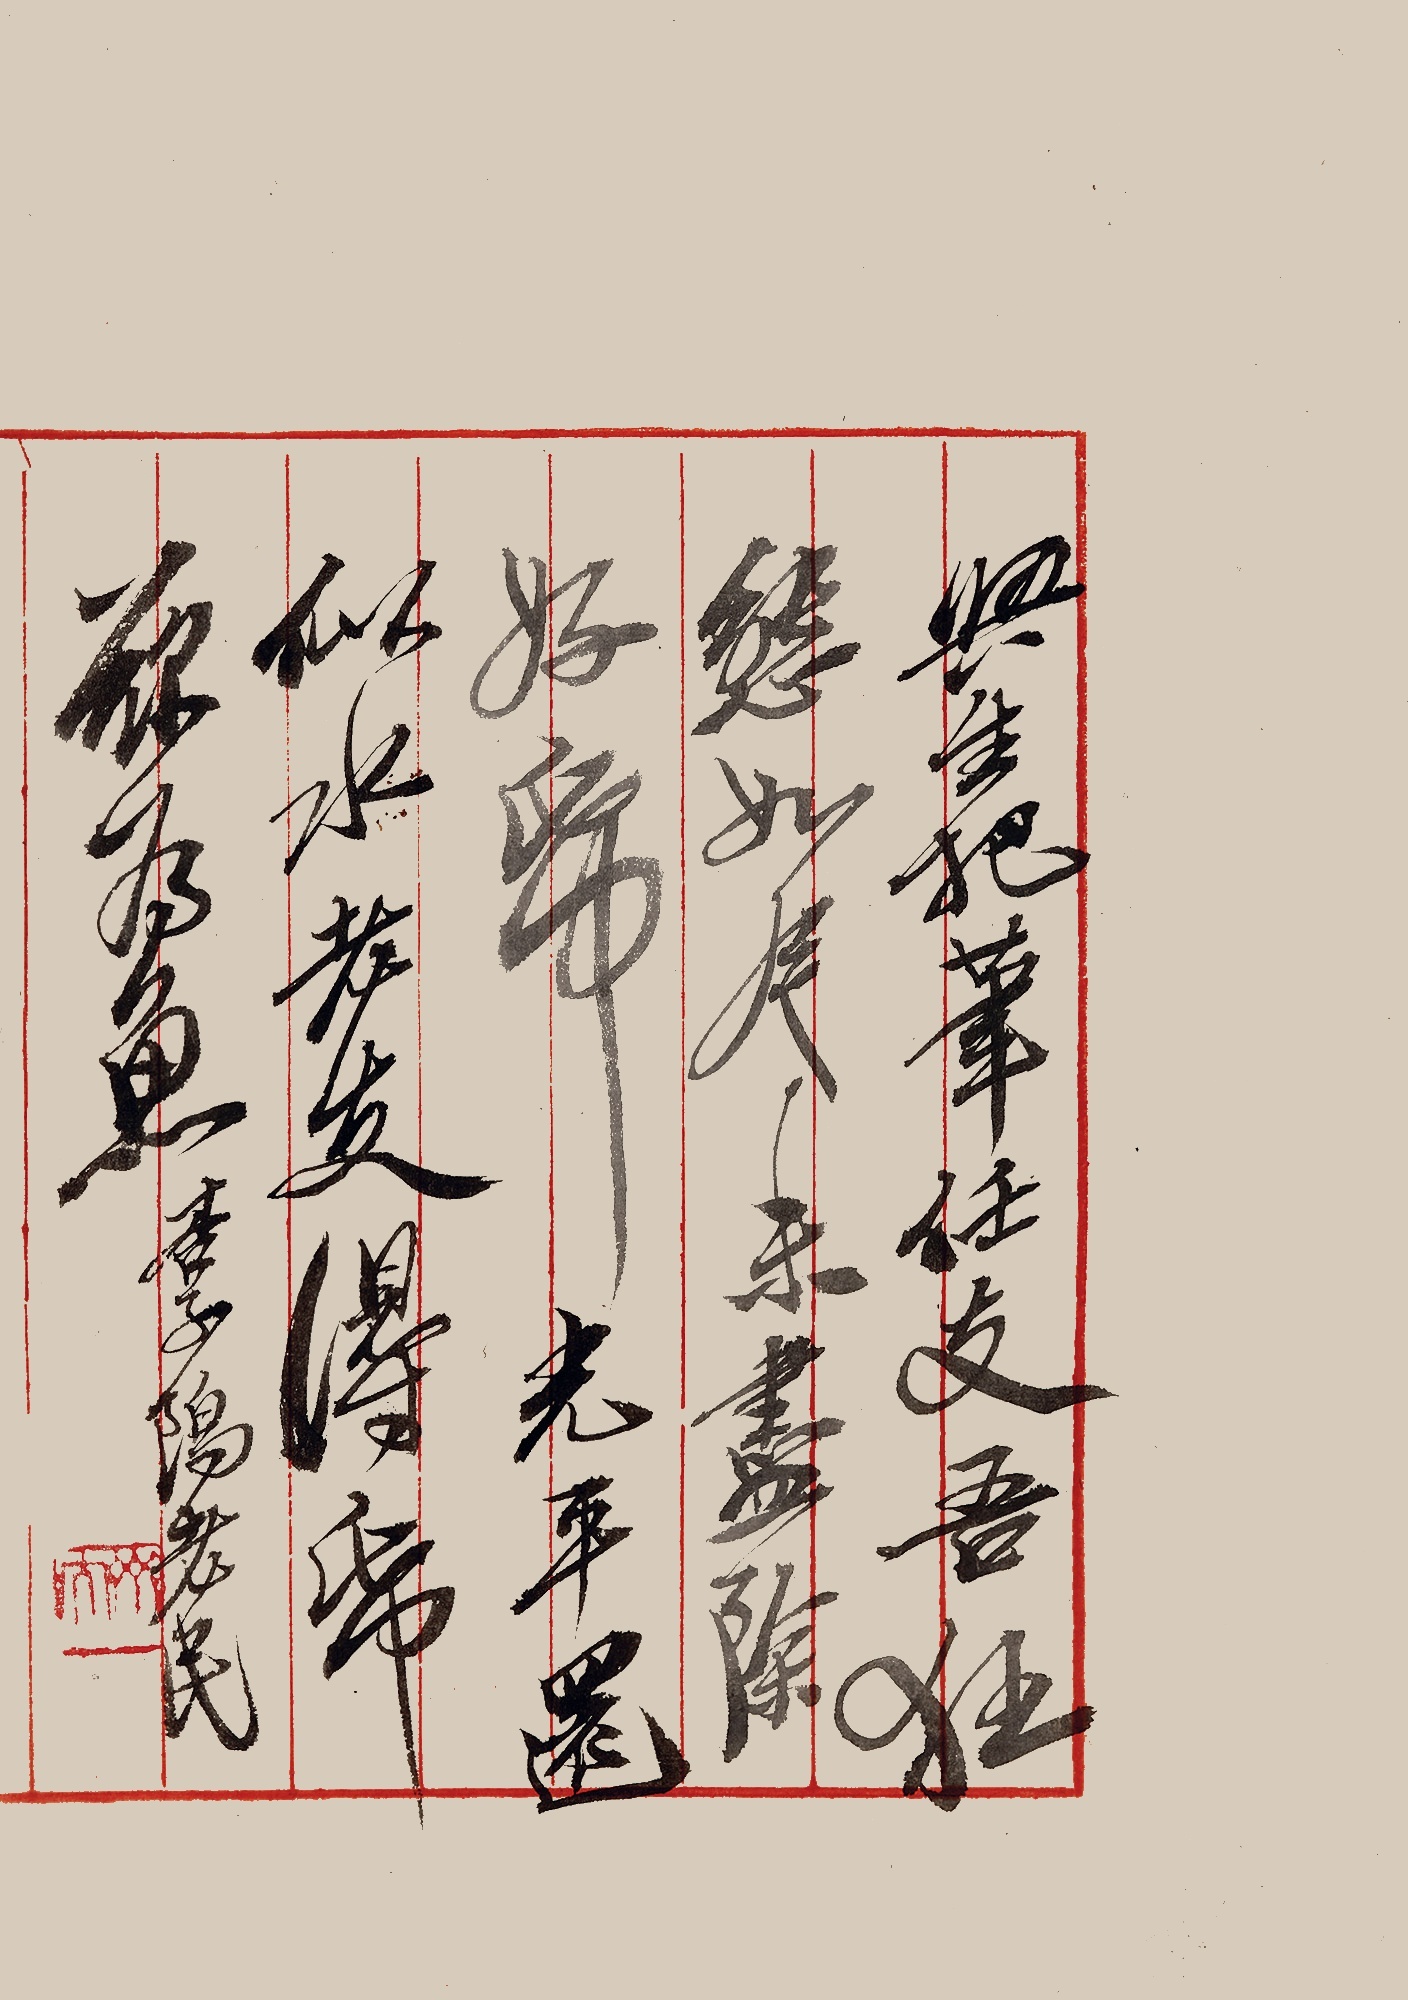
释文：兴生把笔任有悟，狂态如今未尽除。好纸光平还木似，老夫得纸欲为鱼。杏子坞老民。